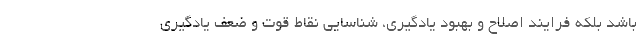
باشد بلکه فرایند اصلاح و بهبود یادگیری، شناسایی نقاط قوت و ضعف یادگیری